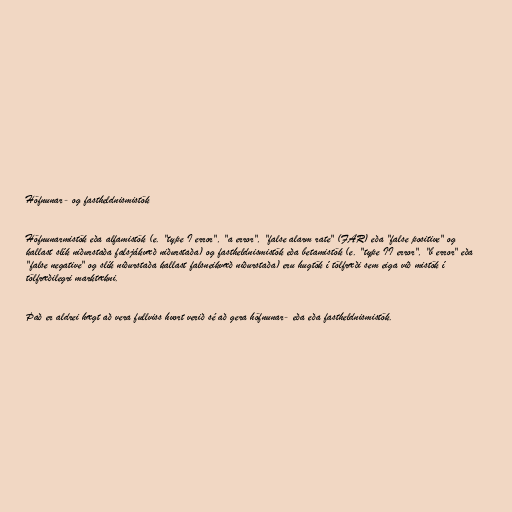
Höfnunar- og fastheldnismistök

Höfnunarmistök eða alfamistök (e. "type I error", "α error", "false alarm rate" (FAR) eða "false positive" og
kallast slík niðurstaða falsjákvæð niðurstaða) og fastheldnismistök eða betamistök (e. "type II error", "β error" eða
"false negative" og slík niðurstaða kallast falsneikvæð niðurstaða) eru hugtök í tölfræði sem eiga við mistök í
tölfræðilegri marktækni.

Það er aldrei hægt að vera fullviss hvort verið sé að gera höfnunar- eða eða fastheldnismistök.